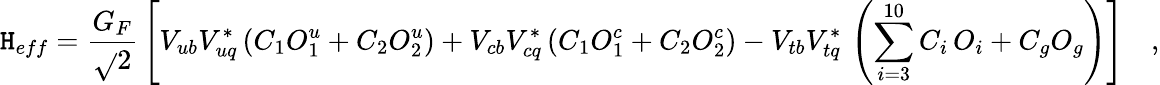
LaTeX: {\cal\mathtt{H}}_{eff}=\frac{{G_{F}}}{{\sqrt{}{{2}}}}\, \left[V_{ub}V_{uq}^{*}\left(C_{1}O_{1}^{u}+C_{2}O_{2}^{u}\right)+V_{cb}V_{cq}^{*}\left(C_{1}O_{1}^{c}+C_{2}O_{2}^{c}\right)-V_{tb}V_{tq}^{*}\, \left(\sum_{i=3}^{10}C_{i}\, O_{i}+C_{g}O_{g}\right)\right]\quad,